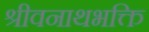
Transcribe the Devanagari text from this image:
श्रीवनाथभक्ति